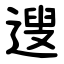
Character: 遚